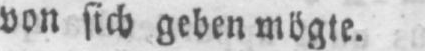
von sich geben mögte.